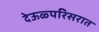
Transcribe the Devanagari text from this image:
देऊळ्परिसरात